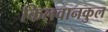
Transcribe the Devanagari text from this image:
किलवानकुल